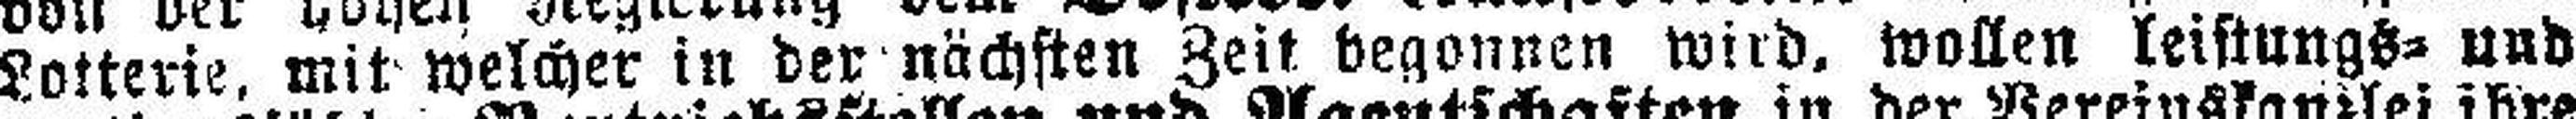
Lotterie, mit welcher in der nächsten Zeit begonnen wird, wollen leistungs= und